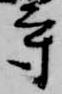
守